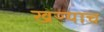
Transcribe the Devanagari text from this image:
खऱ्याच